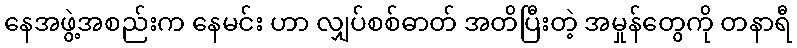
နေအဖွဲ့အစည်းက နေမင်း ဟာ လျှပ်စစ်ဓာတ် အတိပြီးတဲ့ အမှုန်တွေကို တနာရီ